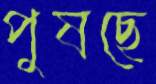
পুষছে